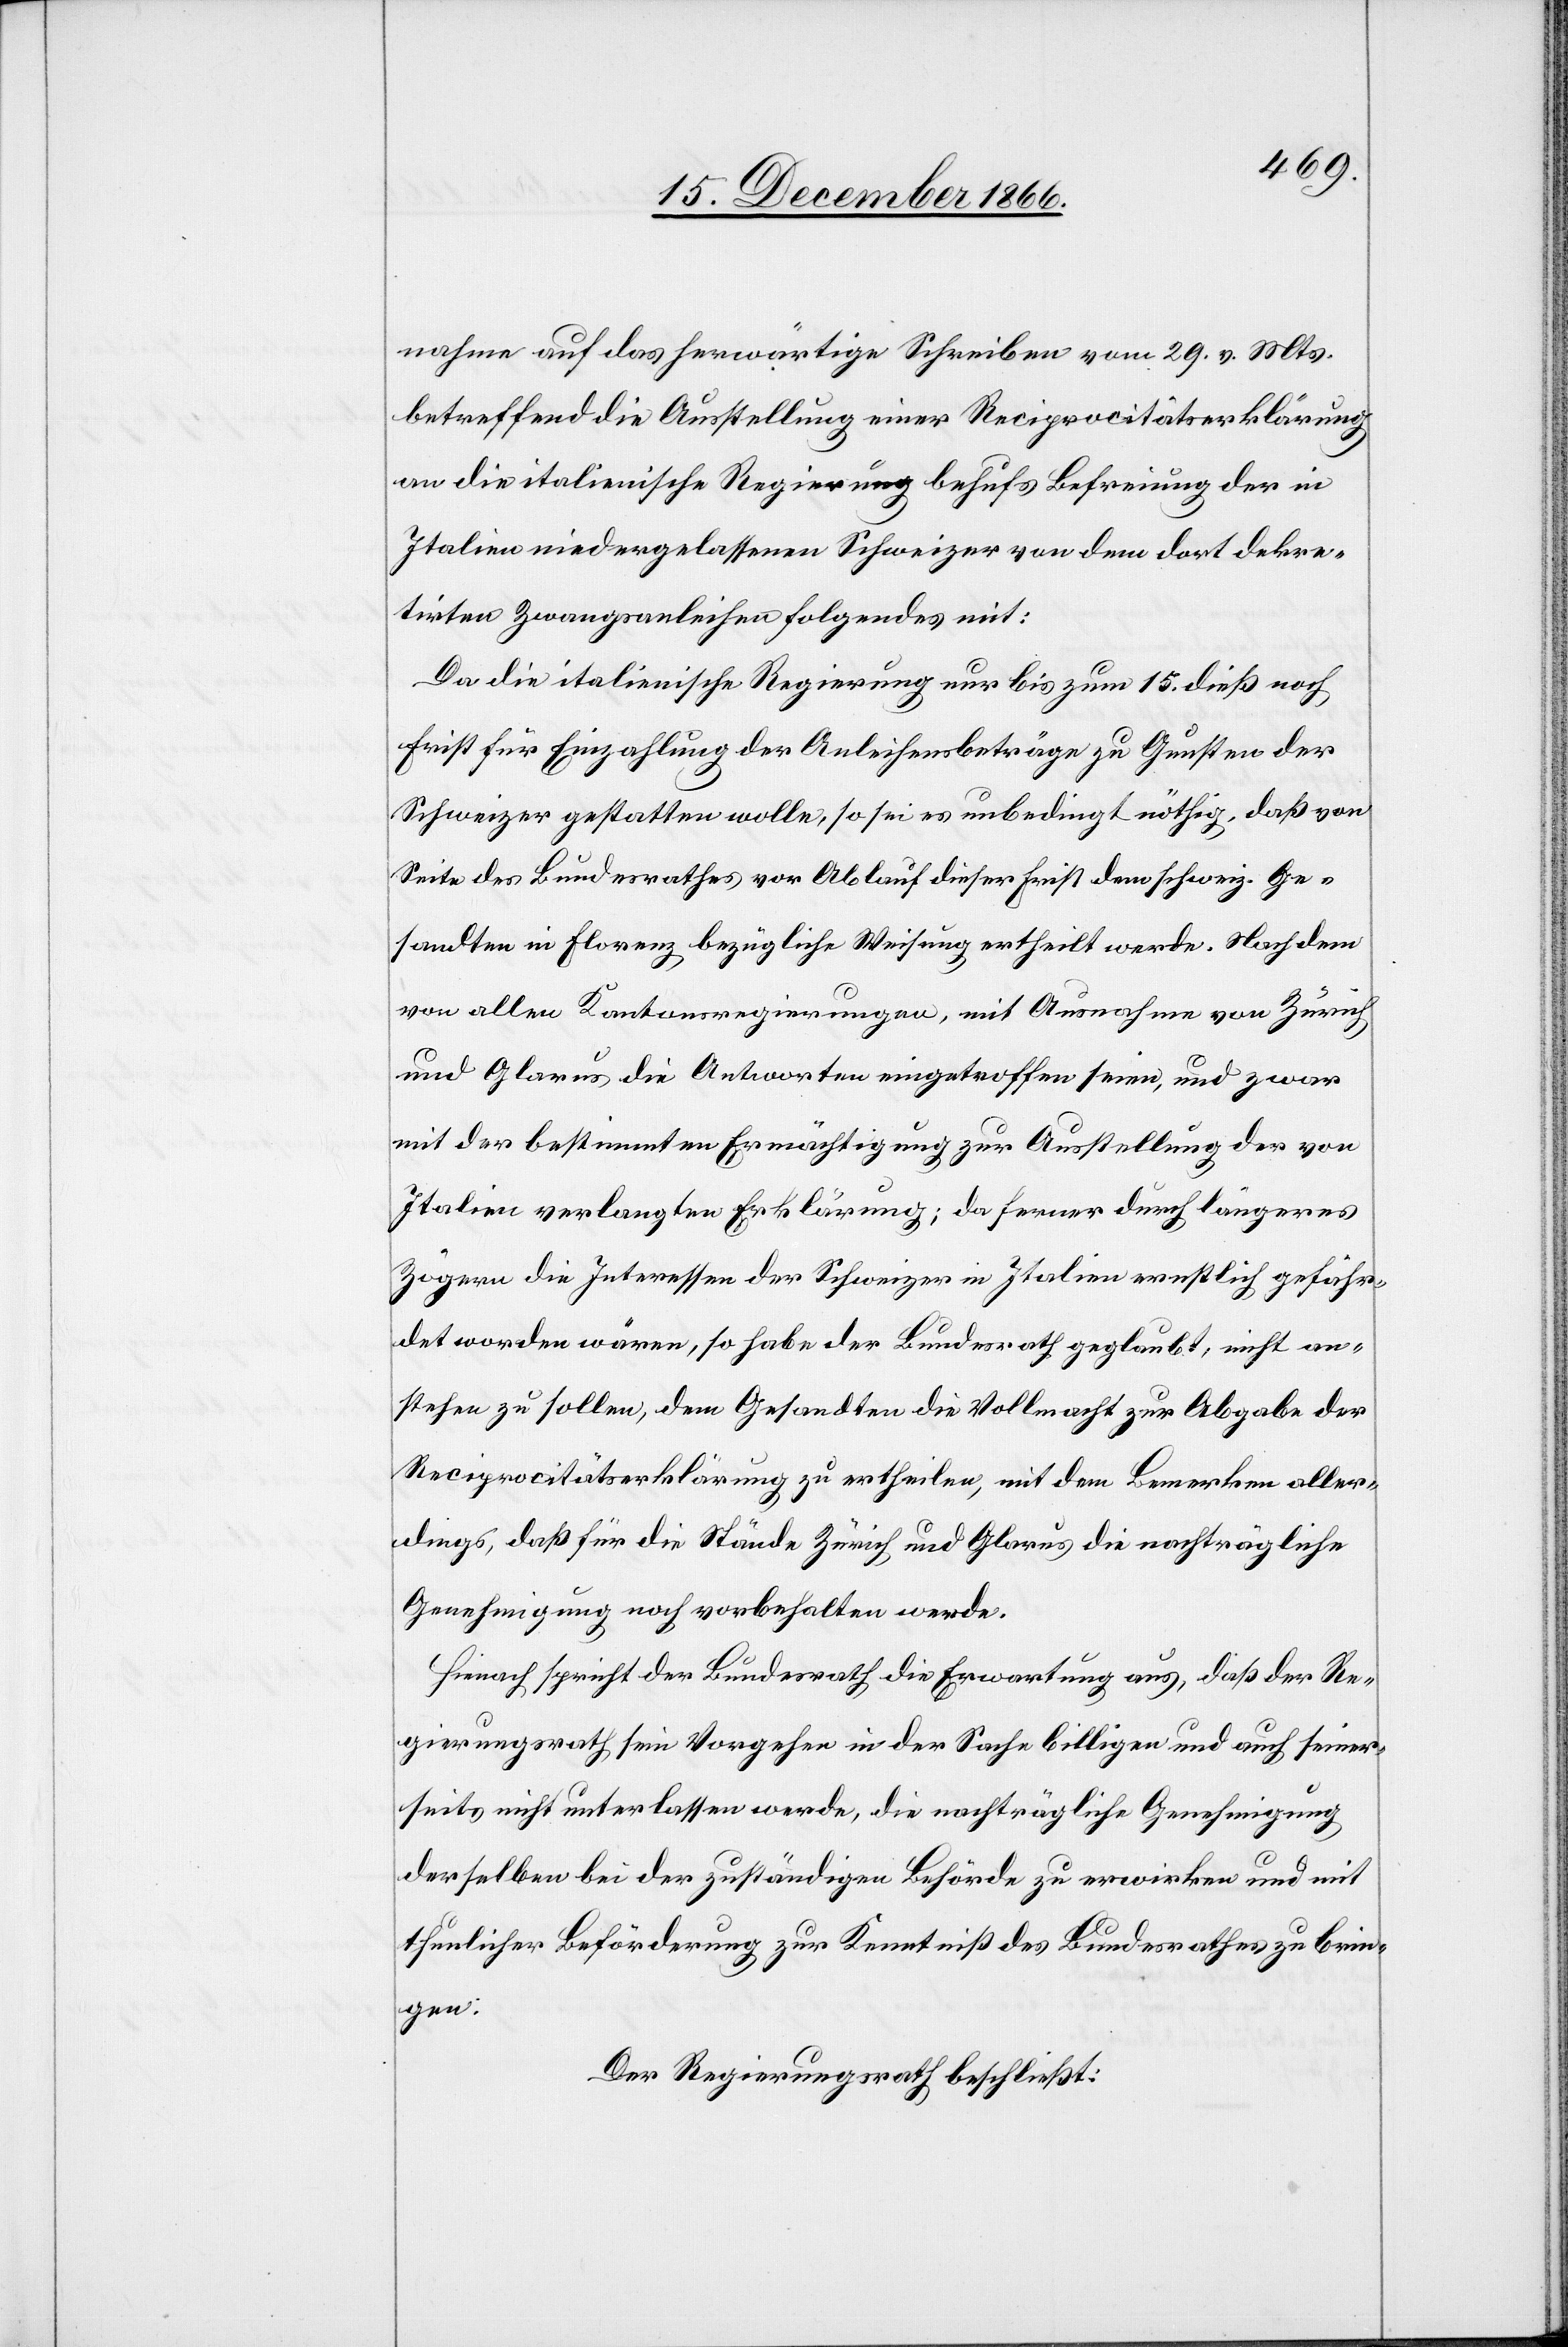
nahme auf das herwärtige Schreiben vom 29. v. Mts
betreffend die Ausstellung einer Reciprocitätserklärung
an die italienische Regierung behufs Befreiung der in
Italien niedergelassenen Schweizer von dem dort dekre¬
tirten Zwangsanleihen folgendes mit:
Da die italienische Regierung nur bis zum 15. dieß noch
Frist für Einzahlung der Anleihensbeträge zu Gunsten der
Schweizer gestatten wolle, so sei es unbedingt nöthig, daß von
Seite des Bundesrathes vor Ablauf dieser Frist dem schweiz. Ge¬
sandten in Florenz bezügliche Weisung ertheilt werde. Nachdem
von allen Kantonsregierungen, mit Ausnahme von Zürich
und Glarus, die Antworten eingetroffen seien, und zwar
mit der bestimmten Ermächtigung zur Ausstellung der von
Italien verlangten Erklärung; da ferner durch längeres
Zögern die Interessen der Schweizer in Italien ernstlich gefähr¬
det worden wären, so habe der Bundesrath geglaubt, nicht an¬
stehen zu sollen, dem Gesandten die Vollmacht zur Abgabe der
Reciprocitätserklärung zu ertheilen, mit dem Bemerken aller¬
dings, daß für die Stände Zürich und Glarus die nachträgliche
Genehmigung noch vorbehalten werde.
Hienach spricht der Bundesrath die Erwartung aus, daß der Re¬
gierungsrath sein Vorgehen in der Sache billigen und auch seiner¬
seits nicht unterlassen werde, die nachträgliche Genehmigung
derselben bei der zuständigen Behörde zu erwirken und mit
thunlicher Beförderung zur Kenntniß des Bundesrathes zu brin¬
gen.
Der Regierungsrath beschließt: